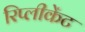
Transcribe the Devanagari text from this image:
रिप्लीकेंट